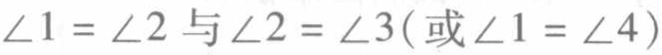
$\angle 1 = \angle 2$与$\angle 2 = \angle 3(\text{或}\angle 1 = \angle 4)$